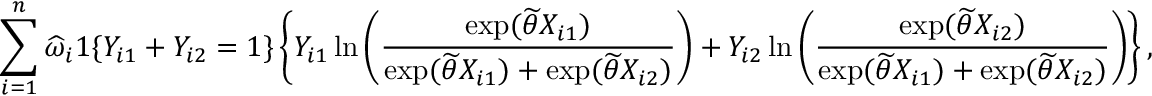
\sum _ { i = 1 } ^ { n } \widehat { \omega } _ { i } \boldsymbol { 1 } \{ Y _ { i 1 } + Y _ { i 2 } = 1 \} \left\{ Y _ { i 1 } \ln \left( \frac { \exp ( \widetilde { \theta } X _ { i 1 } ) } { \exp ( \widetilde { \theta } X _ { i 1 } ) + \exp ( \widetilde { \theta } X _ { i 2 } ) } \right) + Y _ { i 2 } \ln \left( \frac { \exp ( \widetilde { \theta } X _ { i 2 } ) } { \exp ( \widetilde { \theta } X _ { i 1 } ) + \exp ( \widetilde { \theta } X _ { i 2 } ) } \right) \right\} ,